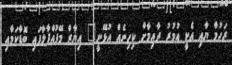
ރަހުމާ ޔާއި އެކީ އުމުރު ދާއިމާށް ކިހިނެއް އުޅޭނީ" އިޔާޒް މޭފުއްޕާލާފައި ބޮޑާކަމާއި